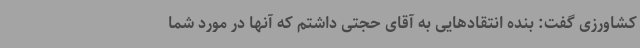
کشاورزی گفت: بنده انتقادهایی به آقای حجتی داشتم که آنها در مورد شما